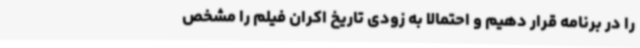
را در برنامه قرار دهیم و احتمالاً به زودی تاریخ اکران فیلم را مشخص